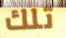
تلك